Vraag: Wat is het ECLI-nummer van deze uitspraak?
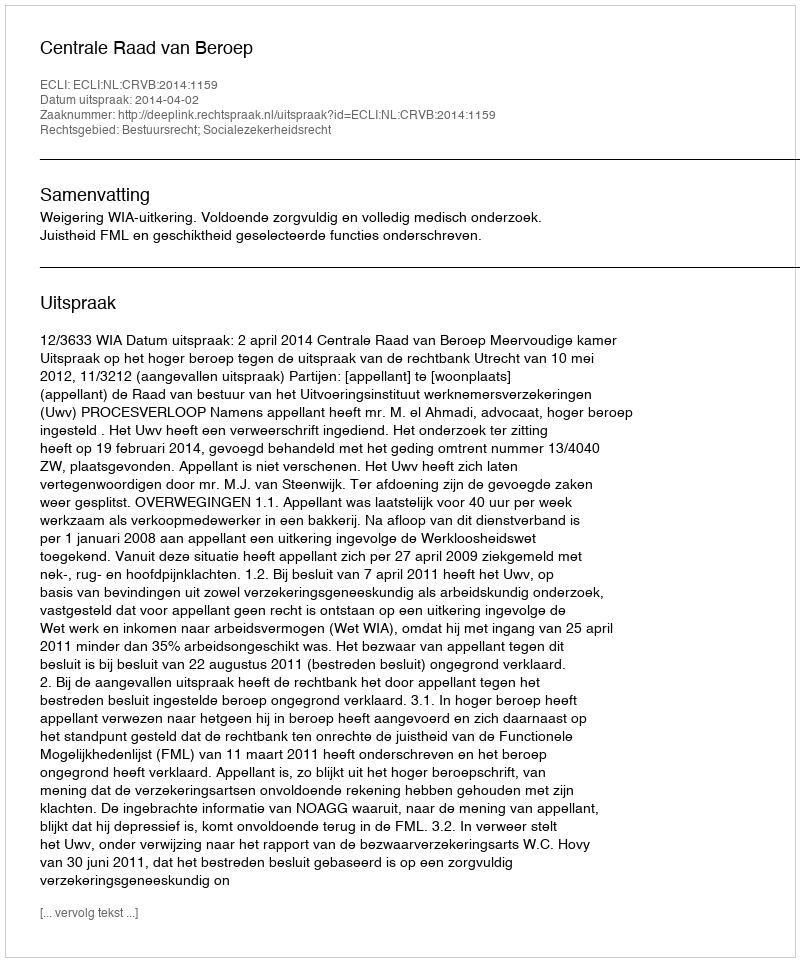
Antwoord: ECLI:NL:CRVB:2014:1159